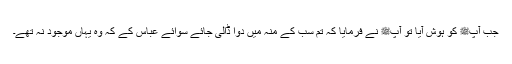
جب آپﷺ کو ہوش آیا تو آپﷺ نے فرمایا کہ تم سب کے منہ میں دوا ڈالی جائے سوائے عباسؓ کے کہ وہ یہاں موجود نہ تھے۔